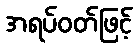
အရပ်ဝတ်ဖြင့်